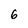
Character: 6